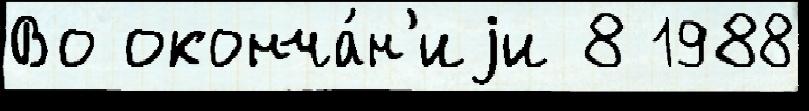
Во оконча́н'иjи 8 1988